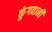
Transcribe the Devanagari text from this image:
कुंगवानी